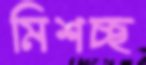
মিশচ্ছ